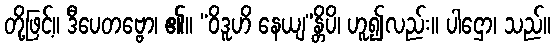
တို့ဖြင့်။ ဒီပေတဗ္ဗော၊ ၏။ “ဝိဒူဟိ နေယျ”န္တိပိ၊ ဟူ၍လည်း။ ပါဌော၊ သည်။